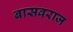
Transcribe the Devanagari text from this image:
बासवराज